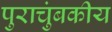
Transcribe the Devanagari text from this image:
पुराचुंबकीय